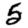
Digit: 5